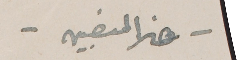
- هذا المنصبيه -